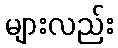
များလည်း